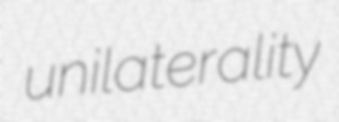
unilaterality